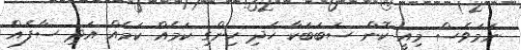
ނަމަވެސް މިއީ ކޮން ސަބަބަކާ ހެދި ހިންގި ކަމެއް ކަމެއް އަދި ސާފެއް